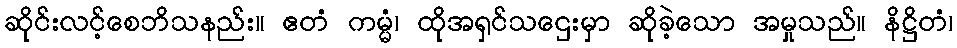
ဆိုင်းလင့်စေဘိသနည်း။ ဧတံ ကမ္မံ၊ ထိုအရှင်သဌေးမှာ ဆိုခဲ့သော အမှုသည်။ နိဋ္ဌိတံ၊